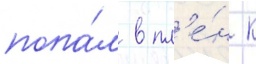
попа́л в пл'е́н к